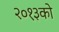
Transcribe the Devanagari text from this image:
२०१३को